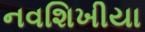
નવશિખીયા